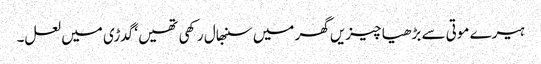
ہیرے موتی سے بڑھیا چیزیں گھر میں سنبھال رکھی تھیں ‘ گدڑی میں لعل۔